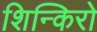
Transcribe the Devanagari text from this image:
शिन्किरो